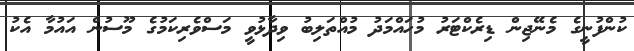
ކުންފުނީގެ މެނޭޖިން ޑިރެކްޓަރު މުހައްމަދު މުއްތަލިބު ވިދާޅުވީ މަސްވެރިކަމުގެ މޫސުން އައުމާ އެކު